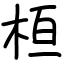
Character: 桓